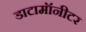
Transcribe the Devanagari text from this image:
डाटामॉनीटर